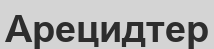
Арецидтер